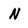
Character: N